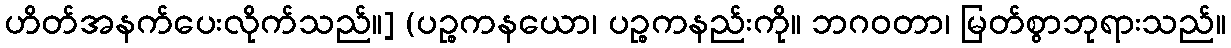
ဟိတ်အနက်ပေးလိုက်သည်။] (ပဉ္စကနယော၊ ပဉ္စကနည်းကို။ ဘဂဝတာ၊ မြတ်စွာဘုရားသည်။